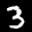
Label: 3